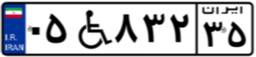
۰۵W۸۳۲۳۵